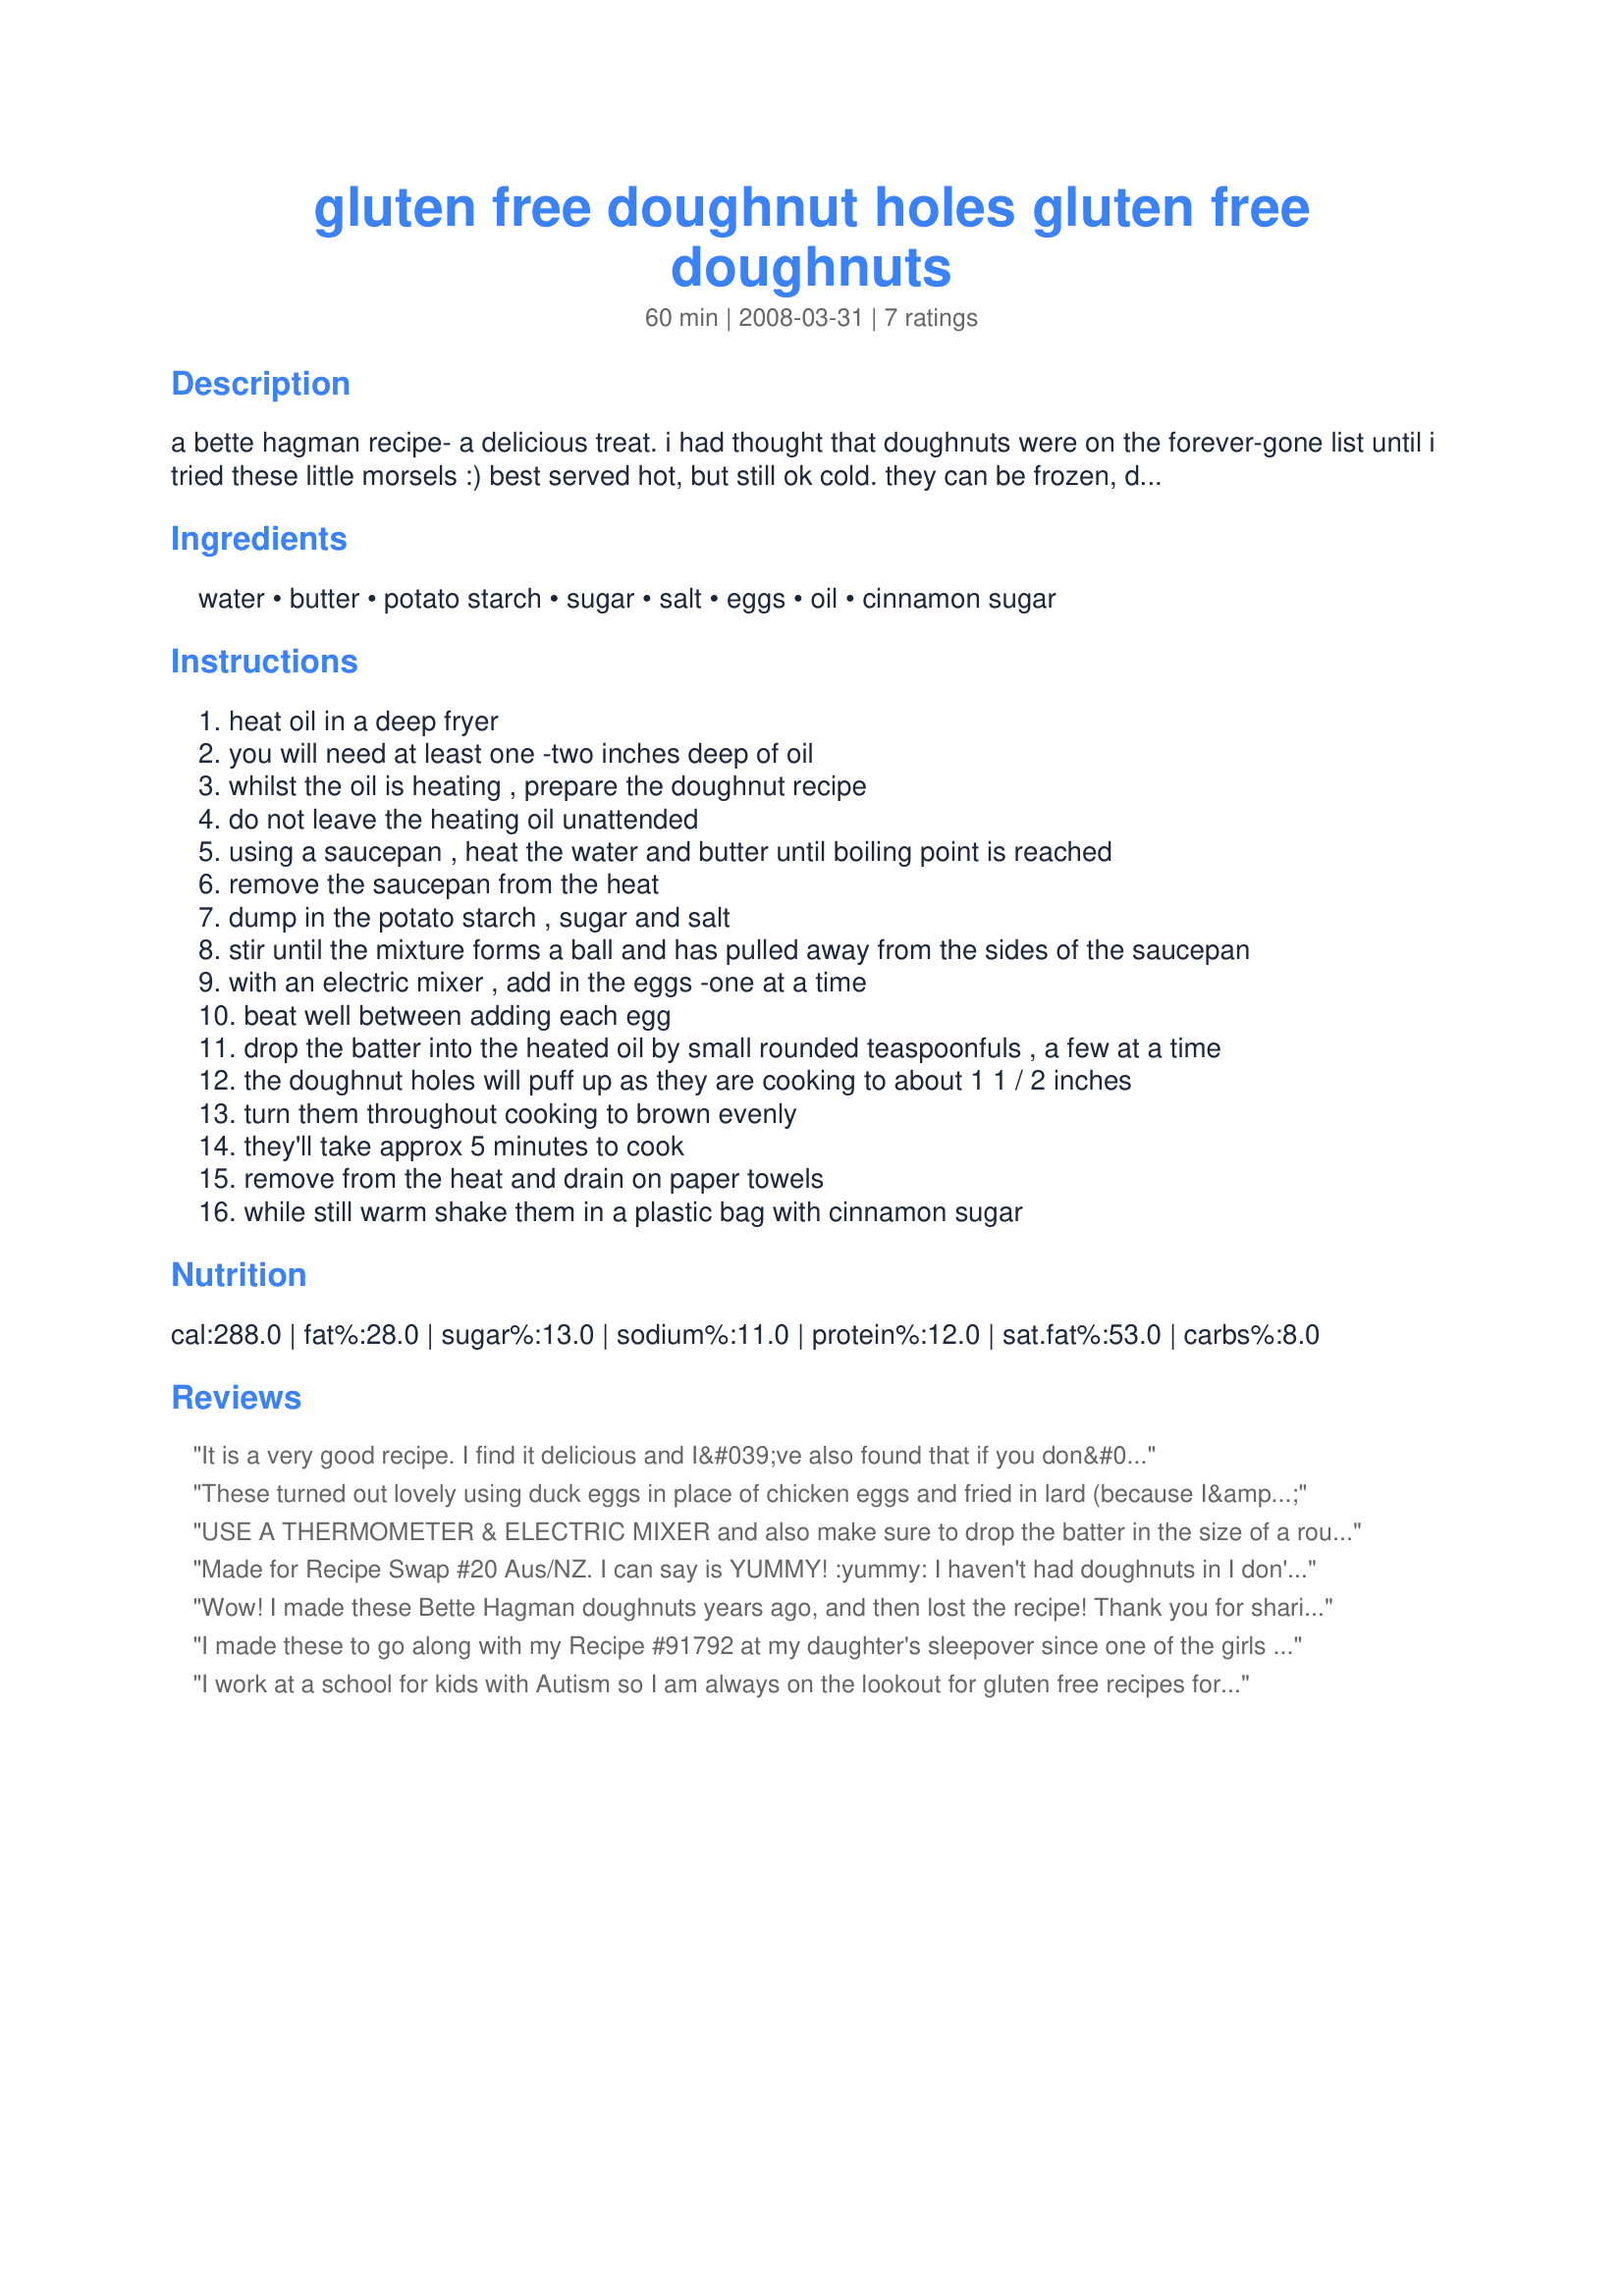
gluten free doughnut holes gluten free doughnuts
Preparation time: 60 minutes

a bette hagman recipe- a delicious treat. i had thought that doughnuts were on the forever-gone list until i tried these little morsels :)
best served hot, but still ok cold. they can be frozen, defrosted and reheated in the oven

Ingredients:
water, butter, potato starch, sugar, salt, eggs, oil, cinnamon sugar

Steps:
heat oil in a deep fryer
you will need at least one -two inches deep of oil
whilst the oil is heating , prepare the doughnut recipe
do not leave the heating oil unattended
using a saucepan , heat the water and butter until boiling point is reached
remove the saucepan from the heat
dump in the potato starch , sugar and salt
stir until the mixture forms a ball and has pulled away from the sides of the saucepan
with an electric mixer , add in the eggs -one at a time
beat well between adding each egg
drop the batter into the heated oil by small rounded teaspoonfuls , a few at a time
the doughnut holes will puff up as they are cooking to about 1 1 / 2 inches
turn them throughout cooking to brown evenly
they'll take approx 5 minutes to cook
remove from the heat and drain on paper towels
while still warm shake them in a plastic bag with cinnamon sugar

Reviews:
It is a very good recipe. I find it delicious and I&#039;ve also found that if you don&#039;t have potato starch you can
Use tapioca starch and just a little bit of coconut flour gives it a bit more of a firmness when it fries.
These turned out lovely using duck eggs in place of chicken eggs and fried in lard (because I&#039;m old-fashioned like that). I&#039;ll be experimenting with tapioca starch in lieu of the potato starch for my nightshade-sensitive friends. :) And my family enjoyed all the varied shapes!
USE A THERMOMETER & ELECTRIC MIXER and also make sure to drop the batter in the size of a rounded teaspoon as the recipe says to do. These are good warm, not really so much at room temperature. I did not use a thermometer or electric mixer as I don't own them, I also dropped mine in bigger. Most of them did not cook 100% inside, 1 batch got too dark. Ours were 4 stars because I didn't follow the directions exactly. I used sweet butter (no salt) and canola oil plus the rest. I will only make these again if I have the tools to do so. Made for RECIPE SWAP #48 - January 2011.
Made for Recipe Swap #20 Aus/NZ. I can say is YUMMY! :yummy: I haven't had doughnuts in I don't know how long! I could have eaten the whole batch my self. Thanks for posting these Julie!
Wow! I made these Bette Hagman doughnuts years ago, and then lost the recipe! Thank you for sharing! I cant wait to make them! (:
I made these to go along with my Recipe #91792 at my daughter's sleepover since one of the girls was gluten intolerant. I've never baked/cooked with potato starch, so I can't say I was expecting much. The doughnuts were fantastic though!! Everyone loved them. They are very similar to a cruller. I recommend you try them if you have special dietary needs or not. Delicious!
I work at a school for kids with Autism so I am always on the lookout for gluten free recipes for my cooking groups. This fit the bill perfectly. We did it as part of a winter unit, dusted it with powdered sugar, and called them snowballs. The dough is easy for kids to make and even easier to eat. This is perfect! I think I will be making this for Passover too...no leavening.
